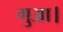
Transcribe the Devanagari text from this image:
गुआ।